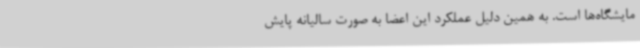
مایشگاه‌ها است. به همین دلیل عملکرد این اعضا به صورت سالیانه پایش